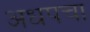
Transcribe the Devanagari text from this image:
अधपचा